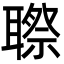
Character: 䏅